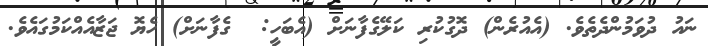
ނައު ދުވަމުންދެތެވެ. (އެއުރެން) ދޮގުކުރި ކަލޭގެފާނަށް (އެބަހީ:  ގެފާނަށް) ހެޔޮ ޖަޒާއެއްކަމުގައެވެ.